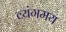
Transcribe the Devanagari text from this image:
व्यंगमय